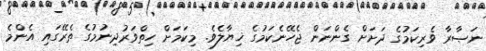
ނަޞާރާ ވެރިކަމުގެ ދަށަށް ގެންނަން ޖެހޭނެކަމުގެ ޚިޔާލެވެ. މިކަމަށް ހިތްވަރުދިނުމުގެ ތެރޭގައި އެންމެ